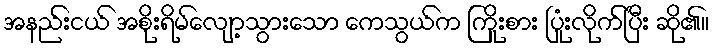
အနည်းငယ် အစိုးရိမ်လျော့သွားသော ကေသွယ်က ကြိုးစား ပြုံးလိုက်ပြီး ဆို၏။